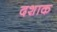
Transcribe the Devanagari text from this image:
दशाक